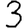
Digit: 3